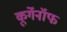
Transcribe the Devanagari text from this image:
कूर्गेनॉफ